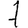
Digit: 7